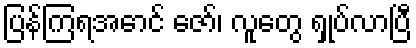
ပြန်ကြရအောင် ဇော်၊ လူတွေ ရှုပ်လာပြီ